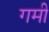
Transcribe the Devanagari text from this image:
गमी